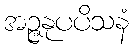
အဉ္ဇနုပပိသနံ